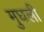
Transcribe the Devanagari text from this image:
मुघली